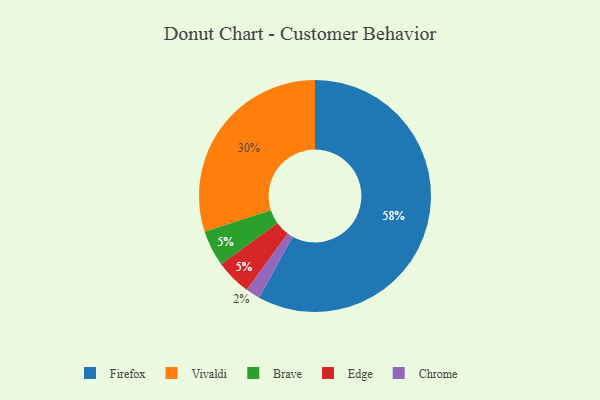
{"axis": {"x": "Category", "y": "Percentage"}, "legend": ["Brave", "Chrome", "Edge", "Firefox", "Vivaldi"], "data": [{"x": "Brave", "y": 5, "type": "Brave"}, {"x": "Edge", "y": 5, "type": "Edge"}, {"x": "Firefox", "y": 58, "type": "Firefox"}, {"x": "Vivaldi", "y": 30, "type": "Vivaldi"}, {"x": "Chrome", "y": 2, "type": "Chrome"}]}